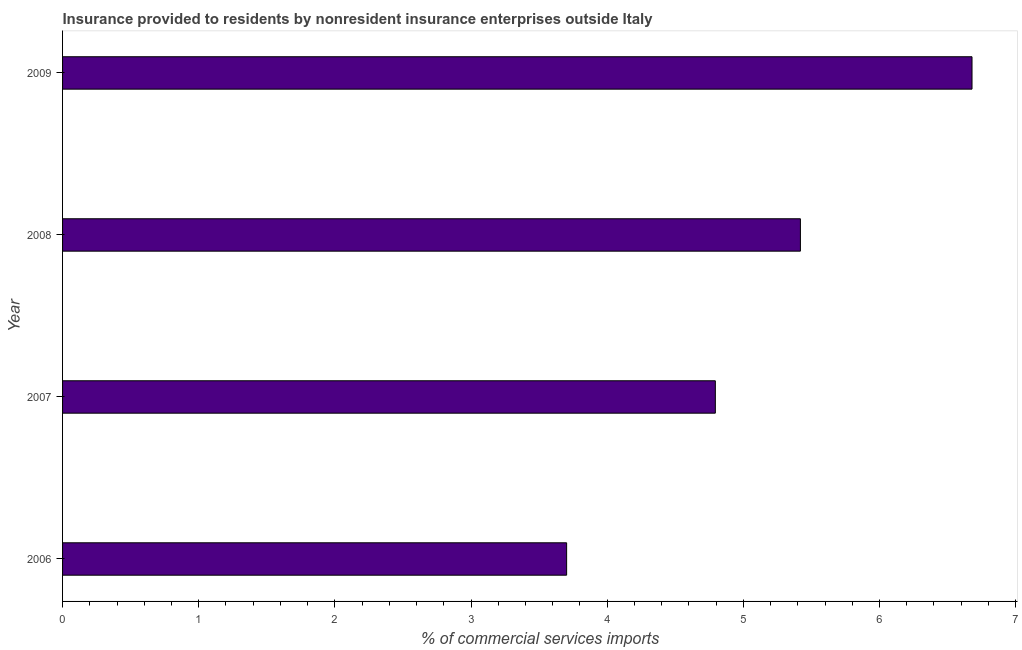
| Year | Insurance provided by non-residents |
 | --- | --- |
 | 2006 | 3.7 |
 | 2007 | 4.79 |
 | 2008 | 5.42 |
 | 2009 | 6.68 |